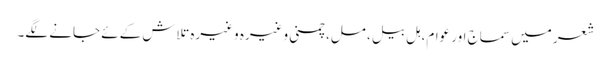
شعر میں سماج اور عوام، ہل بیل، مل، چمنی وغیرہ وغیرہ تلاش کےئے جانے لگے۔